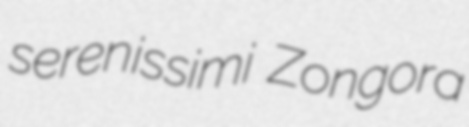
serenissimi Zongora